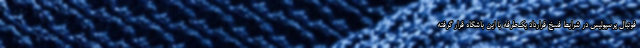
فوتبال پرسپولیس در شرایط فسخ قرارداد یک‌طرفه با این باشگاه قرار گرفته